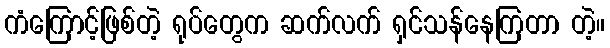
ကံကြောင့်ဖြစ်တဲ့ ရုပ်တွေက ဆက်လက် ရှင်သန်နေကြတာ တဲ့။